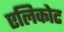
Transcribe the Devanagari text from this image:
एलिकोट